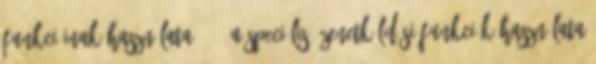
funkcióinak használata . 40 A speciális üzenetküldési funkciók használata